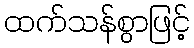
ထက်သန်စွာဖြင့်